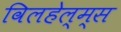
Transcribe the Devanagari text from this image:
विलहेल्म्स